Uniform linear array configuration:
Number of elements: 8
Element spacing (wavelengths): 0.25
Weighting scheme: hamming
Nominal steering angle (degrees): -15
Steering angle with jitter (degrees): -16.702
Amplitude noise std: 0.05
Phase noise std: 0.05

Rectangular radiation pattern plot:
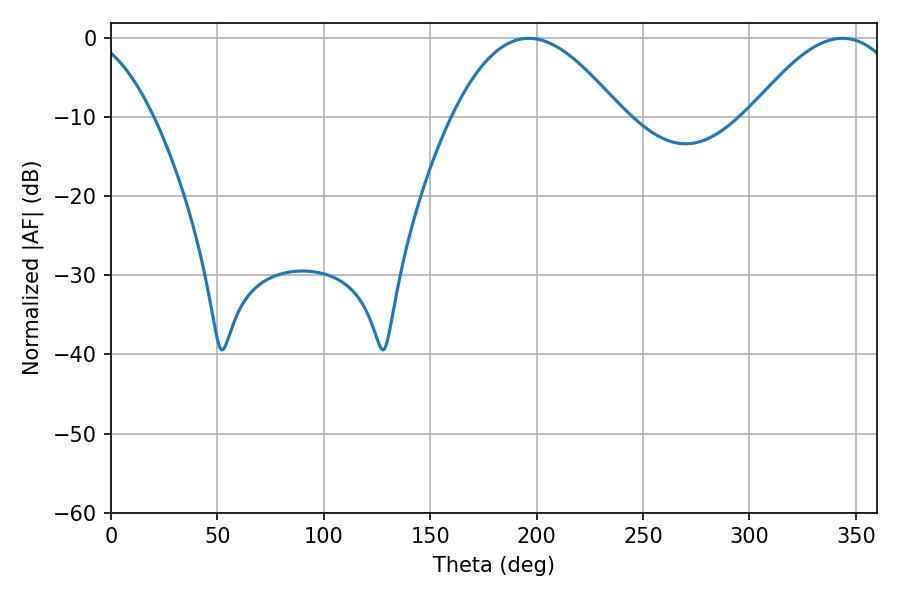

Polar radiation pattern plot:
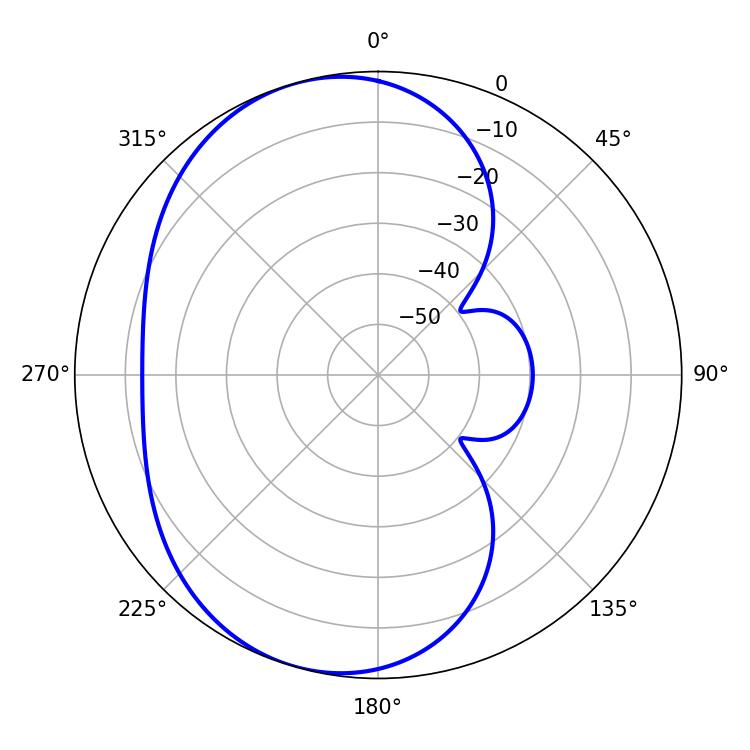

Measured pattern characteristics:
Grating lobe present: FALSE
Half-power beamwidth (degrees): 43.38
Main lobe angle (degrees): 196.2